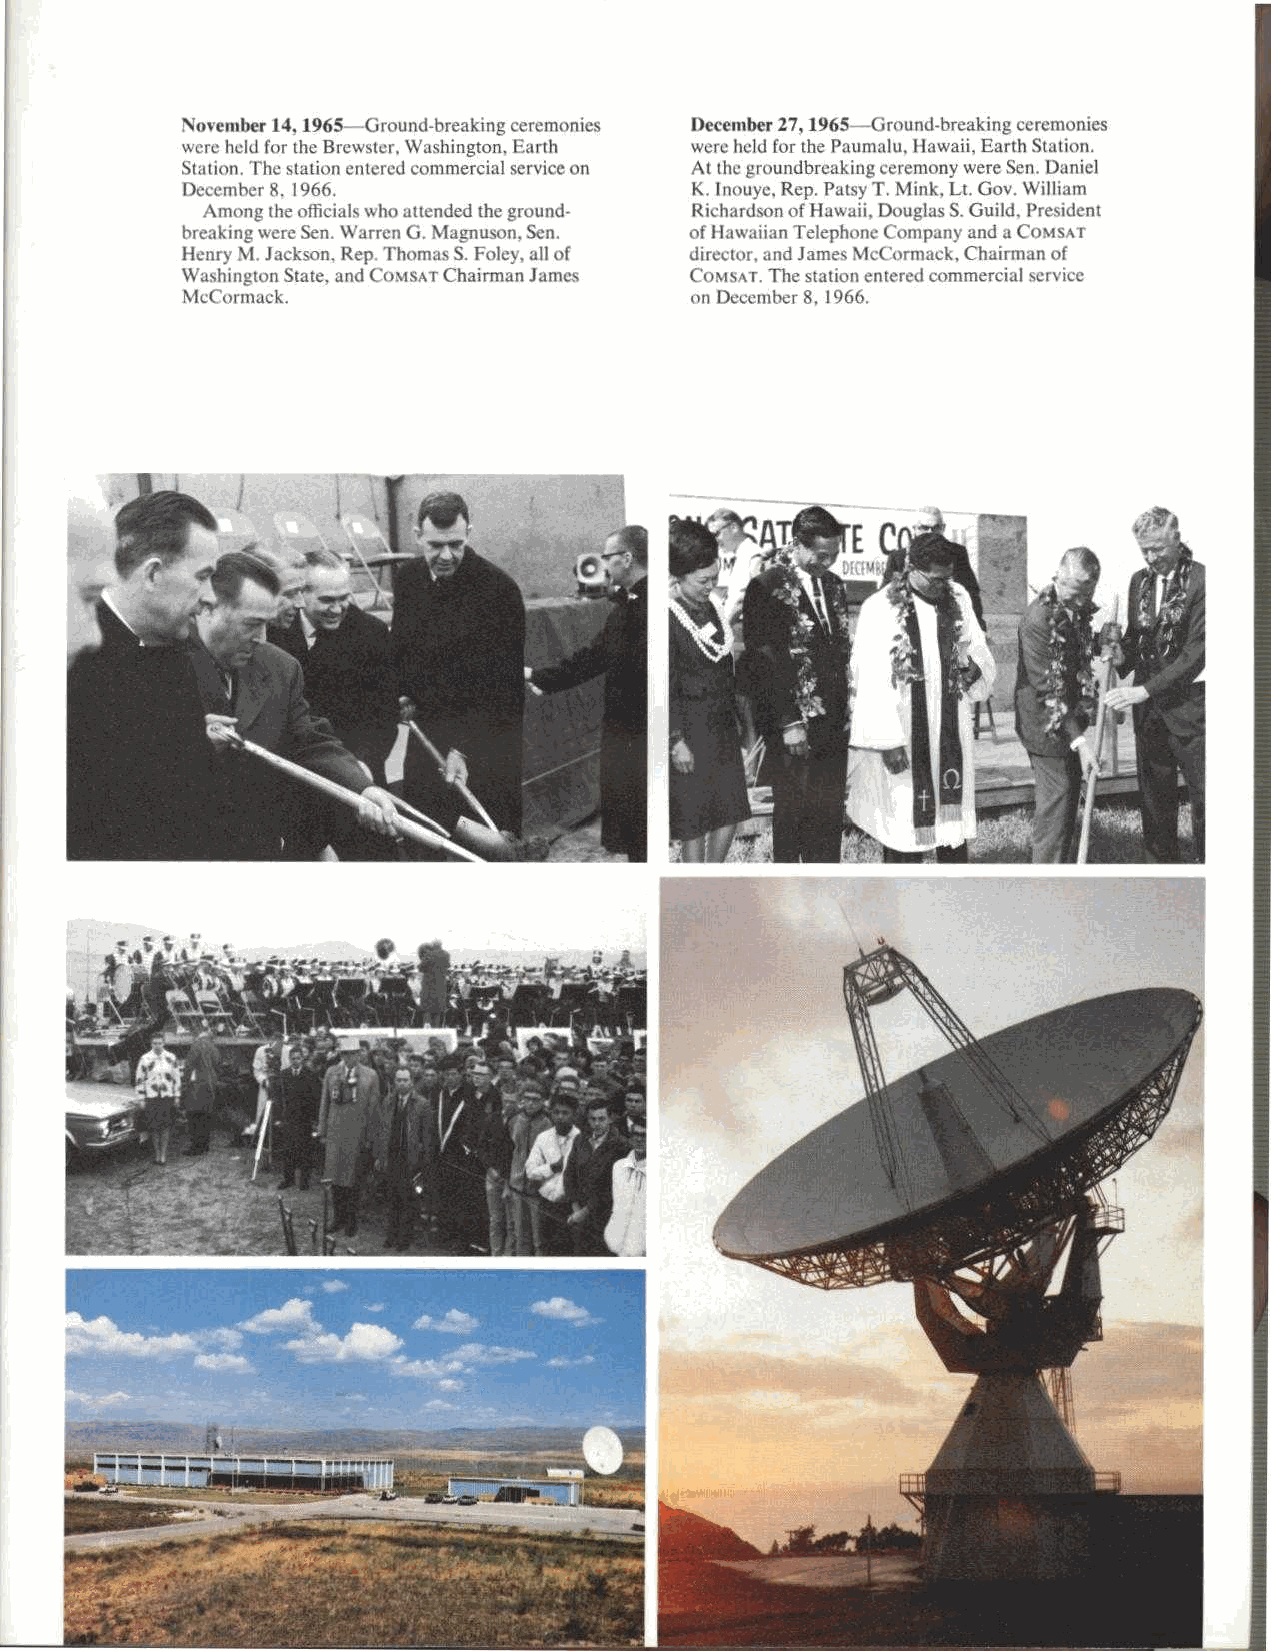
November 14, 1965 Ground-breaking ceremonies December 27, 1965 -Ground-breaking ceremonies
 were held for the Brewster. Washington, Earth were held for the Paumalu. I lawaii, Earth Station.
 Station. The station entered commercial service on At the groundbreaking ceremony were Sen. Daniel
 December 8. 1966.                 K. Inouye. Rep. Patsy T. Mink. Lt. Gov. William
 Among the officials who attended the ground- Richardson of Hawaii, Douglas S. Guild. President
 breaking were Sen. Warren G. Magnuson. Sen. of Hawaiian Telephone Company and a COMSAT
 Henry M. Jackson, Rep. Thomas S. Foley, all of director, and James McCormack, Chairman of
 Washington State, and COMSAT Chairman James COMSAT. The station entered commercial service
 McCormack.                        on December 8, 1966.